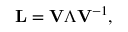
\mathbf { L } = \mathbf { V } \boldsymbol { \Lambda } \mathbf { V } ^ { - 1 } ,